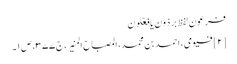
فرعون لفظ بِرذَون یا فِعۡلَون
[۲] فیومی، احمد بن محمد، المصباح المنیر، ج ۳۷۷، ص ۱۔